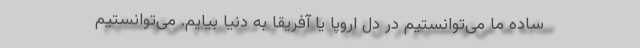
ساده ما می‌توانستیم در دل اروپا یا آفریقا به دنیا بیایم. می‌توانستیم